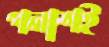
পলাশই